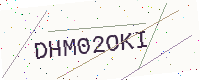
Text: DHM02OKI